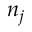
n _ { j }